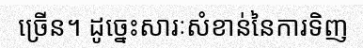
ច្រើន។ ដូច្នេះសារៈសំខាន់នៃការទិញ